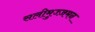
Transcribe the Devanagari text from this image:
सलीमुज्ज़मन